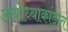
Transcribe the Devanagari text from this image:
अयोध्याकांडात